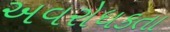
અવરોધકતા